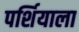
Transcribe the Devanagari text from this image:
पर्शियाला